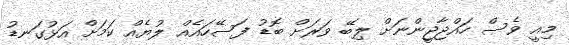
މިއީ ވެސް ހައްޖާޖީންނަށް ލިބޭ ވަރަށް ބޮޑު ފަސޭހައެއް ލުޔެއް ކަމަށް އަޅުގަނޑު